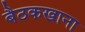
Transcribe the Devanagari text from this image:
बैठकखाना